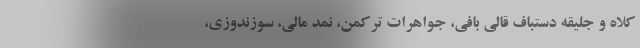
کلاه و جلیقه دستباف قالی بافی، جواهرات ترکمن، نمد مالی، سوزندوزی،